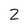
Character: 2